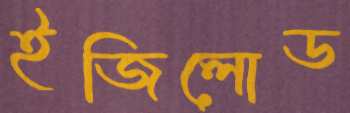
ইজিলোড